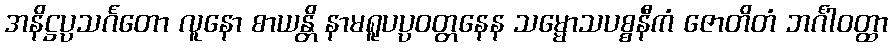
အနိဋ္ဌပ္ပသင်္ဂတော လူနော စာယန္တိ နာမရူပပ္ပဝတ္တနေန သမ္မောသပစ္စနီကံ ဇောတိတံ ဘင်္ဂါဝတ္ထာ